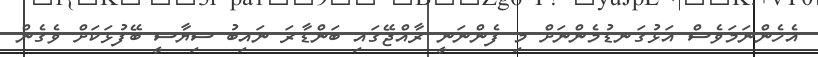
އެހެންނަމަވެސް އަޅުގަނޑުމެންނަށް މި ފެންނަނީ ރާއްޖޭގައި ބަންޑާރަ ނައިބު ސިޔާސީ ބޭފުޅަކަށް ވެގެން